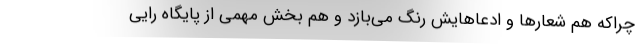
چراکه هم شعارها و ادعاهایش رنگ می‌بازد و هم بخش مهمی از پایگاه رایی